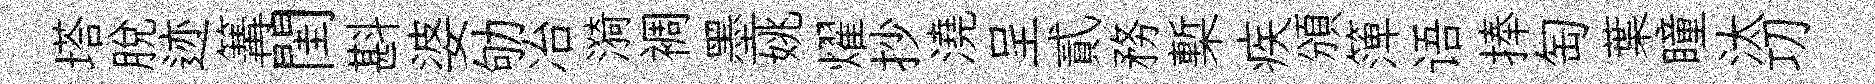
塔脱迹篝閨斟婆劬冶漪裯墨姚燿抄澆呈貳務槧疾頒𥱼语捧匋葉瞳汰㓛